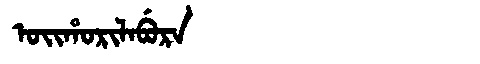
Manchu: ᠣᡳᡥᠣᡵᡳᠯᠠᠪᡠᡵᠠ
Romanization: OIHORILABURA